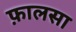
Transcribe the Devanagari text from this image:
फ़ालसा